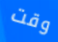
وقت